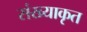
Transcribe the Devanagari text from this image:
संख्याकृत